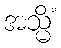
အသ္မိံ